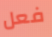
فعل